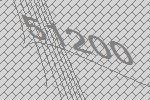
51200